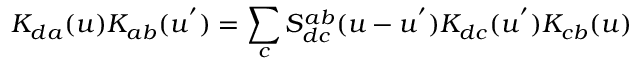
K _ { d a } ( u ) K _ { a b } ( u ^ { ' } ) = \sum _ { c } S _ { d c } ^ { a b } ( u - u ^ { ' } ) K _ { d c } ( u ^ { ' } ) K _ { c b } ( u )